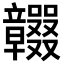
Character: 𥫕